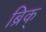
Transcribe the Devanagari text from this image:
ब्रिक्